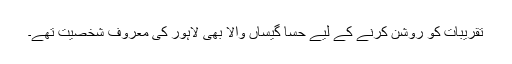
تقریبات کو روشن کرنے کے لیے حسّا گیساں والا بھی لاہور کی معروف شخصیت تھے۔